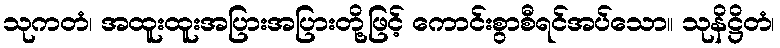
သုကတံ၊ အထူးထူးအပြားအပြားတို့ဖြင့် ကောင်းစွာစီရင်အပ်သော။ သုနိဋ္ဌိတံ၊